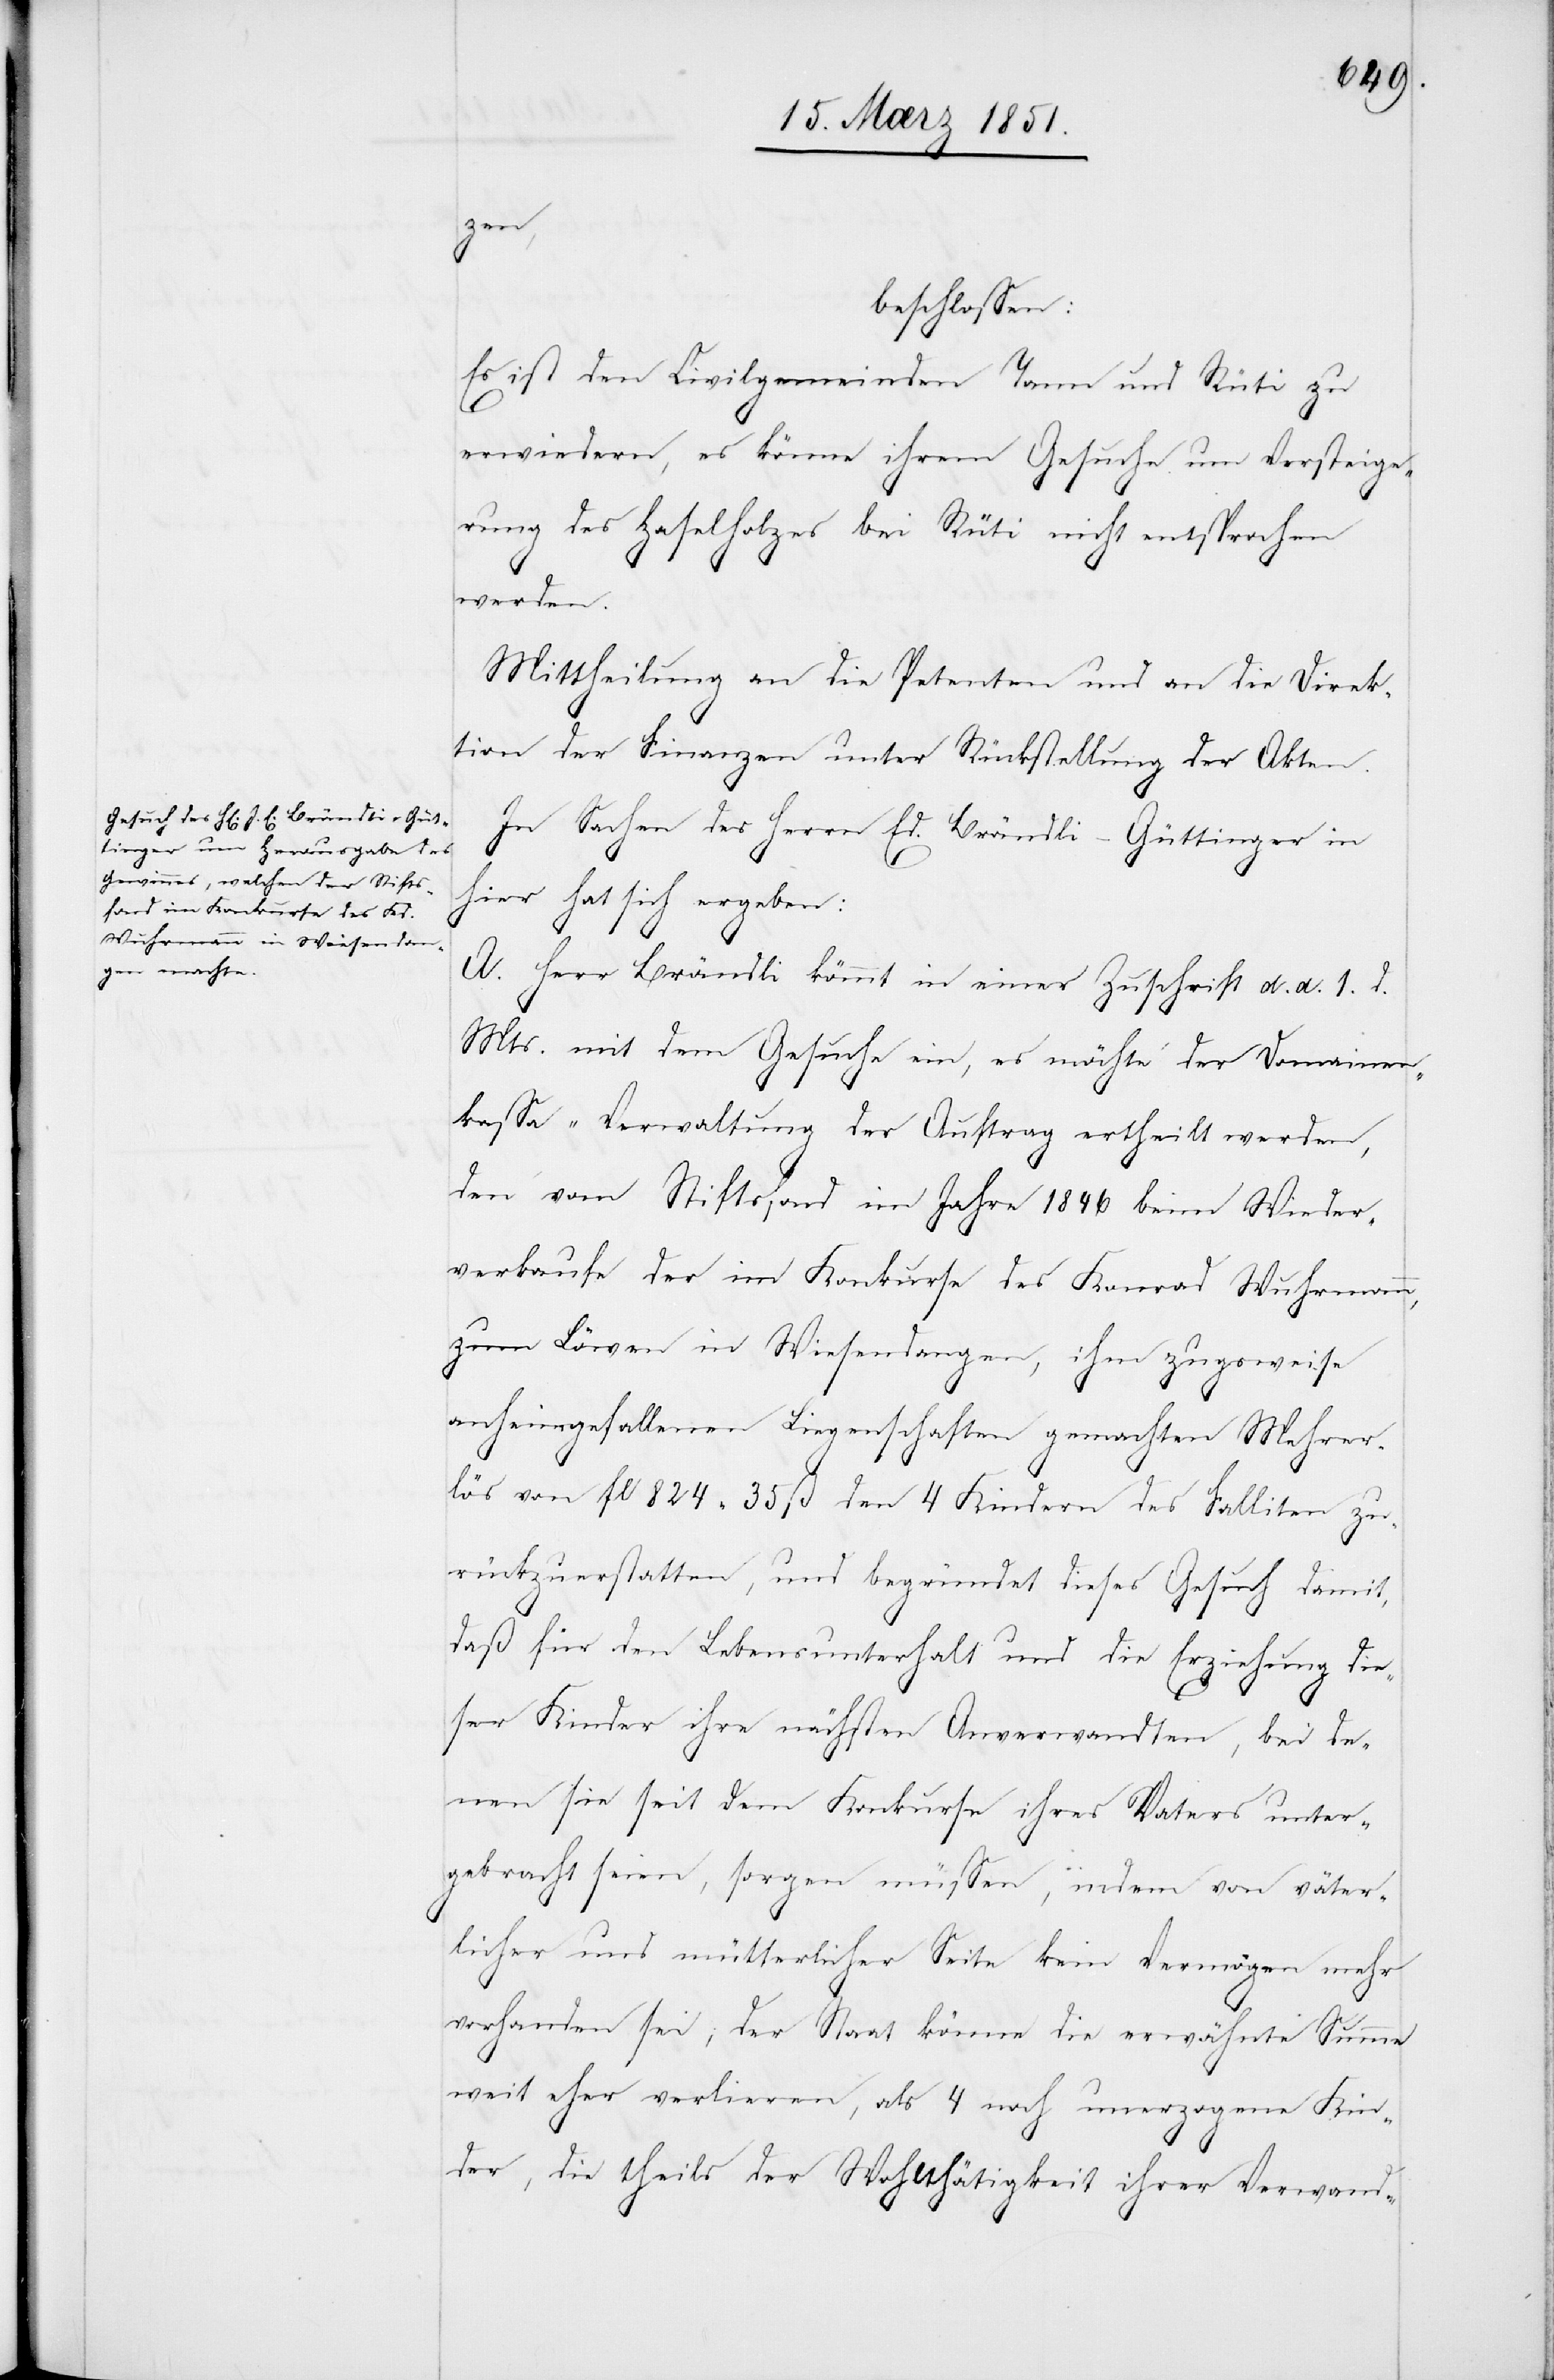
zen,
beschlossen:
Es ist den Civilgemeinden Tann und Rüti zu
erwiedern, es könne ihrem Gesuche um Versteige¬
rung des Haselholzes bei Rüti nicht entsprochen
werden.
Mittheilung an die Petenten und an die Direk¬
tion der Finanzen unter Rückstellung der Akten.
In Sachen des Herrn Ed. Brändli-Güttinger in
hier hat sich ergeben:
A. Herr Brändli kömmt in einer Zuschrift d. d. 1. d.
Mts. mit dem Gesuche ein, es möchte der Domainen¬
kassa-Verwaltung der Auftrag ertheilt werden,
den vom Stiftsfond im Jahre 1846 beim Wieder¬
verkaufe der im Konkurse des Konrad Wuhrmann,
zum Löwen in Wiesendangen, ihm zugsweise
anheimgefallenen Liegenschaften gemachten Mehrer¬
lös von fl 824 35 ß den 4 Kindern des Falliten zu¬
rückzuerstatten, und begründet dieses Gesuch damit,
daß für den Lebensunterhalt und die Erziehung die¬
ser Kinder ihre nächsten Anverwandten, bei de¬
nen sie seit dem Konkurse ihres Vaters unter¬
gebracht seien, sorgen müssen, indem von väter¬
licher und mütterlicher Seite kein Vermögen mehr
vorhanden sei; der Staat könne die erwähnte Summe
weit eher verlieren, als 4 noch unerzogene Kin¬
der, die theils der Wohlthätigkeit ihrer Verwand-